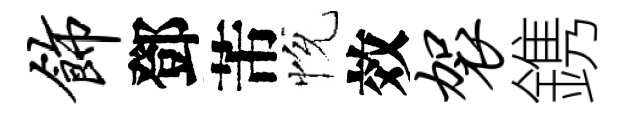
饰鄧芾恱效袈鎸